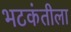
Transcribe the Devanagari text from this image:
भटकंतीला